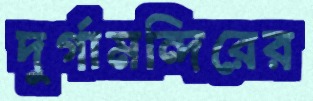
দুর্গামন্দিরের